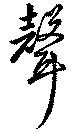
聲